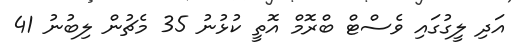
އަދި ލީގުގައި ވެސްޓް ބްރޮމް އޮތީ ކުޅުނު 35 މެޗުން ލިބުނު 41